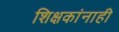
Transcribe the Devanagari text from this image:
शिक्षकांनाही